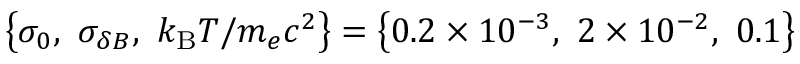
\left\{ \sigma _ { 0 } , \, \, \sigma _ { \delta B } , \, \, k _ { \mathrm { B } } T / m _ { e } c ^ { 2 } \right\} = \left\{ 0 . 2 \times 1 0 ^ { - 3 } , \, \, 2 \times 1 0 ^ { - 2 } , \, \, 0 . 1 \right\}